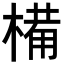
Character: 𣖾